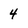
Character: 4